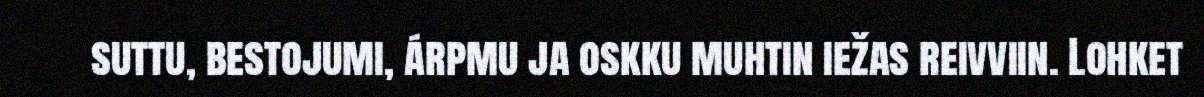
suttu, bestojumi, árpmu ja oskku muhtin iežas reivviin. Lohket